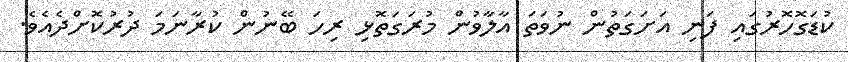
ކުޑަގޮހޮރުގައި ފަނި އަށަގަތުން ނުވަތަ އާލާވުން މުރަގަތޮޅި ރިހަ ބޭނުން ކުރާނަމަ ދުރުކޮށްދެއެވެ.